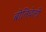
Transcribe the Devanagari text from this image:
बोतिचेली